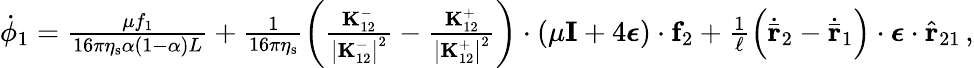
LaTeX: \begin{array}{r}{\dot{\phi}_{1}=\frac{\mu f_{1}}{16\pi\eta_{\mathrm{s}}\alpha(1-\alpha)L}+\frac{1}{16\pi\eta_{\mathrm{s}}}\left(\frac{\mathbf{K}_{12}^{-}}{\left|\mathbf{K}_{12}^{-}\right|^{2}}-\frac{\mathbf{K}_{12}^{+}}{\left|\mathbf{K}_{12}^{+}\right|^{2}}\right)\cdot\left(\mu\mathbf{I}+4\boldsymbol{\epsilon}\right)\cdot\mathbf{f}_{2}+\frac{1}{\ell}\left(\dot{\bar{\mathbf{r}}}_{2}-\dot{\bar{\mathbf{r}}}_{1}\right)\cdot\boldsymbol{\epsilon}\cdot\hat{\mathbf{r}}_{21}\, ,}\end{array}